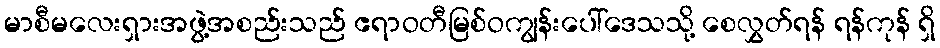
မာစီမလေးရှားအဖွဲ့အစည်းသည် ဧရာဝတီမြစ်ဝကျွန်းပေါ်ဒေသသို့ စေလွှတ်ရန် ရန်ကုန် ရှိ